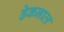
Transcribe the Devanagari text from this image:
ढेकनाल